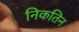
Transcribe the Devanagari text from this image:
निकतिन